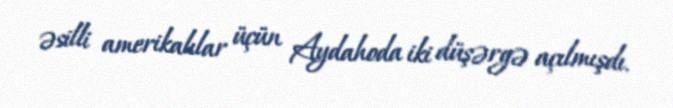
əsilli amerikalılar üçün Aydahoda iki düşərgə açılmışdı.